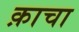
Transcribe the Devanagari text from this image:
क़ाचा